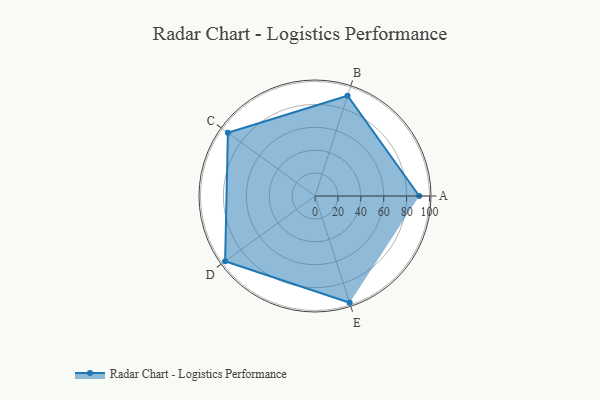
{"axis": {"x": "Skill", "y": "Score"}, "legend": ["Profile"], "data": [{"x": "A", "y": 91.0, "type": "Profile"}, {"x": "B", "y": 92.0, "type": "Profile"}, {"x": "C", "y": 94.0, "type": "Profile"}, {"x": "D", "y": 97.0, "type": "Profile"}, {"x": "E", "y": 98.0, "type": "Profile"}]}